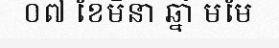
០៧ ខែមិនា ឆ្នាំ មមែ